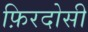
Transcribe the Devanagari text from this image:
फ़िरदोसी